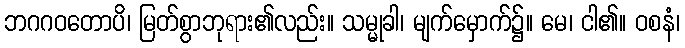
ဘဂဂဝတောပိ၊ မြတ်စွာဘုရား၏လည်း။ သမ္မုခါ၊ မျက်မှောက်၌။ မေ၊ ငါ၏။ ဝစနံ၊